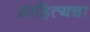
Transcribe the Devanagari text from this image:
साहित्यचा